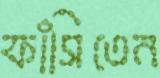
ফাঁসিতেন